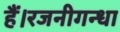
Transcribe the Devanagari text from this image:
हैं।रजनीगन्धा